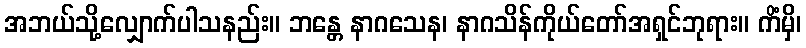
အဘယ်သို့လျှောက်ပါသနည်း။ ဘန္တေ နာဂသေန၊ နာဂသိန်ကိုယ်တော်အရှင်ဘုရား။ ကိံမှိ၊